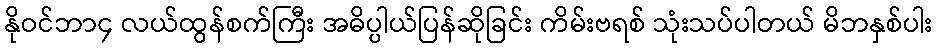
နိုဝင်ဘာ၄ လယ်ထွန်စက်ကြီး အဓိပ္ပါယ်ပြန်ဆိုခြင်း ကိမ်းဗရစ် သုံးသပ်ပါတယ် မိဘနှစ်ပါး